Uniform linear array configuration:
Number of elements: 12
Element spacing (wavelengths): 0.75
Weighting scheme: cosine
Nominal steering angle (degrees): -15
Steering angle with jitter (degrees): -14.637
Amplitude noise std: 0.05
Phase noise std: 0.05

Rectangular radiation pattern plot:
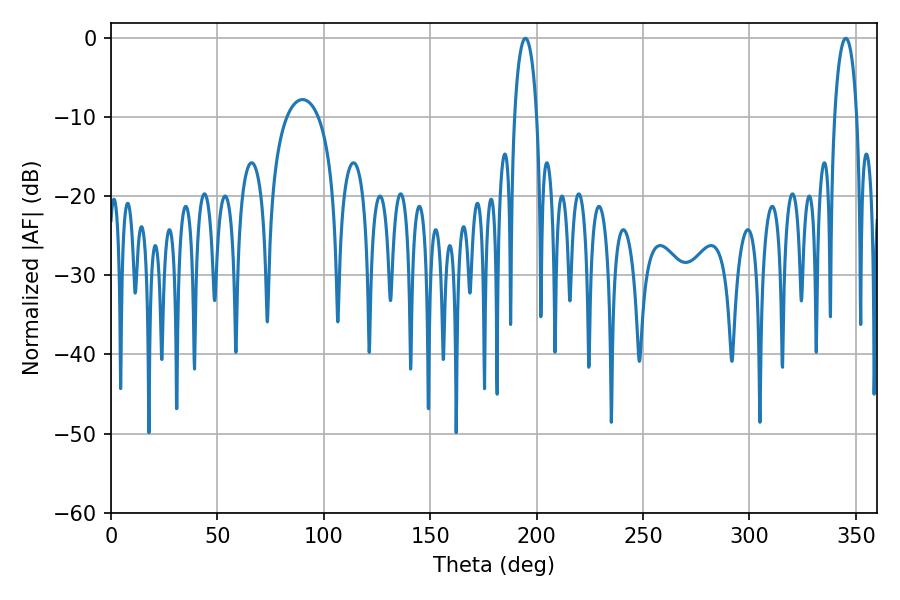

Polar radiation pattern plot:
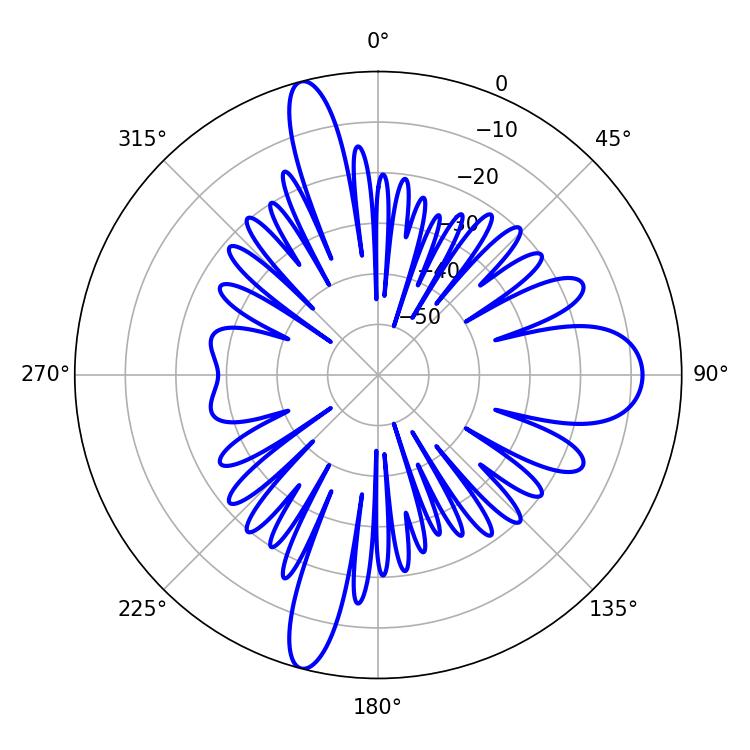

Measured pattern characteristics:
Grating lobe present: TRUE
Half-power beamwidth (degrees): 6.12
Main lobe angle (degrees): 194.76